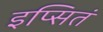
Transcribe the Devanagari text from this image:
इप्सितं